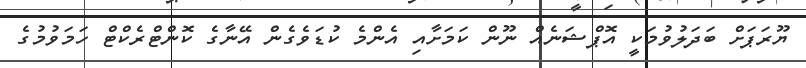
ޔޫރަޕަށް ބަދަލުވުމަކީ އޮޕްޝަނެއް ނޫން ކަމަށާއި އެންމެ ކުޑަވެގެން އޭނާގެ ކޮންޓްރެކްޓް ހަމަވުމުގެ